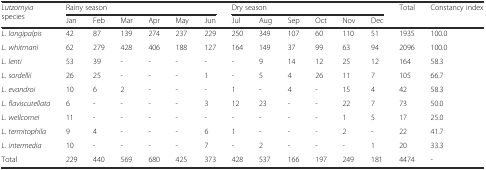
<table><thead><tr><td rowspan="2"><b><i>Lutzomyia</i> species</b></td><td colspan="6"><b>Rainy season</b></td><td colspan="6"><b>Dry season</b></td><td rowspan="2"><b>Total</b></td><td rowspan="2"><b>Constancy index</b></td></tr><tr><td><b>Jan</b></td><td><b>Feb</b></td><td><b>Mar</b></td><td><b>Apr</b></td><td><b>May</b></td><td><b>Jun</b></td><td><b>Jul</b></td><td><b>Aug</b></td><td><b>Sep</b></td><td><b>Oct</b></td><td><b>Nov</b></td><td><b>Dec</b></td></tr></thead><tbody><tr><td><i>L. longipalpis</i></td><td>42</td><td>87</td><td>139</td><td>274</td><td>237</td><td>229</td><td>250</td><td>349</td><td>107</td><td>60</td><td>110</td><td>51</td><td>1935</td><td>100.0</td></tr><tr><td><i>L. whitmani</i></td><td>62</td><td>279</td><td>428</td><td>406</td><td>188</td><td>127</td><td>164</td><td>149</td><td>37</td><td>99</td><td>63</td><td>94</td><td>2096</td><td>100.0</td></tr><tr><td><i>L. lenti</i></td><td>53</td><td>39</td><td>-</td><td>-</td><td>-</td><td>-</td><td>-</td><td>9</td><td>14</td><td>12</td><td>25</td><td>12</td><td>164</td><td>58.3</td></tr><tr><td><i>L. sordellii</i></td><td>26</td><td>25</td><td>-</td><td>-</td><td>-</td><td>1</td><td>-</td><td>5</td><td>4</td><td>26</td><td>11</td><td>7</td><td>105</td><td>66.7</td></tr><tr><td><i>L. evandroi</i></td><td>10</td><td>6</td><td>2</td><td>-</td><td>-</td><td>-</td><td>1</td><td>-</td><td>4</td><td>-</td><td>15</td><td>4</td><td>42</td><td>58.3</td></tr><tr><td><i>L. flaviscutellata</i></td><td>6</td><td>-</td><td>-</td><td>-</td><td>-</td><td>3</td><td>12</td><td>23</td><td>-</td><td>-</td><td>22</td><td>7</td><td>73</td><td>50.0</td></tr><tr><td><i>L. wellcomei</i></td><td>11</td><td>-</td><td>-</td><td>-</td><td>-</td><td>-</td><td>-</td><td>-</td><td>-</td><td>-</td><td>1</td><td>5</td><td>17</td><td>25.0</td></tr><tr><td><i>L. termitophila</i></td><td>9</td><td>4</td><td>-</td><td>-</td><td>-</td><td>6</td><td>1</td><td>-</td><td>-</td><td>-</td><td>2</td><td>-</td><td>22</td><td>41.7</td></tr><tr><td><i>L. intermedia</i></td><td>10</td><td>-</td><td>-</td><td>-</td><td>-</td><td>7</td><td>-</td><td>2</td><td>-</td><td>-</td><td>-</td><td>1</td><td>20</td><td>33.3</td></tr><tr><td>Total</td><td>229</td><td>440</td><td>569</td><td>680</td><td>425</td><td>373</td><td>428</td><td>537</td><td>166</td><td>197</td><td>249</td><td>181</td><td>4474</td><td>-</td></tr></tbody></table>